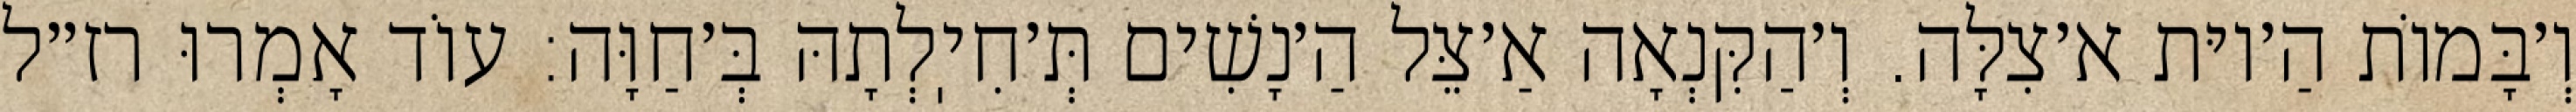
וְ׳בָּמוֹת הַ׳יוּת א׳צִלָּה. וְ׳הַקִּנְאָה אַ׳צֵּל הַ׳נָשִׁים תְּ׳חִיֽלְתָהּ בְּ׳חַוָּה: עוֹד אָמְרוּ רז״ל